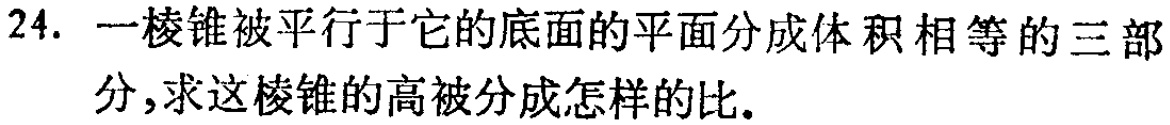
24. 一棱锥被平行于它的底面的平面分成体积相等的三部分，求这棱锥的高被分成怎样的比。